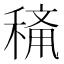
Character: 𱶙